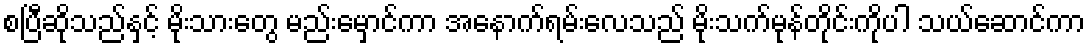
စပြီဆိုသည်နှင့် မိုးသားတွေ မည်းမှောင်ကာ အနောက်ရမ်းလေသည် မိုးသက်မုန်တိုင်းကိုပါ သယ်ဆောင်ကာ